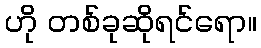
ဟို တစ်ခုဆိုရင်ရော။